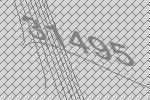
31495